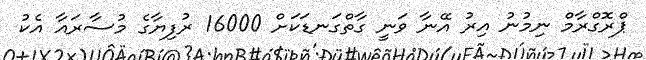
ޕްރޮގްރާމް ނިމުނު އިރު އޭނާ ވަނީ ގާތްގަނޑަކަށް 16000 ރުފިޔާގެ މުސާރައާ އެކު